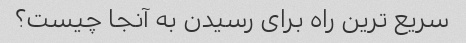
سریع ترین راه برای رسیدن به آنجا چیست؟